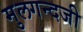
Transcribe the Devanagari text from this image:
मुलगन्दजी